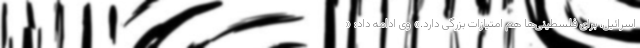
اسرائیل، برای فلسطینی‌ها هم امتیازات بزرگی دارد.» وی ادامه داد: «